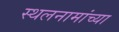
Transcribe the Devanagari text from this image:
स्थलनामांच्या